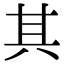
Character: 其